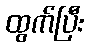
ထွက်ပြီး